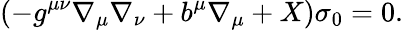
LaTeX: (-g^{\mu\nu}\nabla_{\mu}\nabla_{\nu}+b^{\mu}\nabla_{\mu}+X)\sigma_{0}=0.